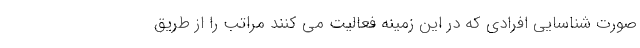
صورت شناسایی افرادی که در این زمینه فعالیت می کنند مراتب را از طریق